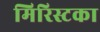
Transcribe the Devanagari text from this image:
मिरिस्टका